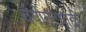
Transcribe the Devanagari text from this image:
वयोगटातही